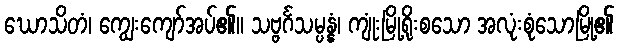
ဃောသိတံ၊ ကျွေးကျော်အပ်၏။ သဗ္ဗင်္ဂသမ္ပန္နံ၊ ကျုံးမြို့ရိုးစသော အလုံးစုံသောမြို့၏